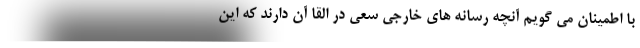
با اطمینان می گویم آنچه رسانه های خارجی سعی در القا آن دارند که این